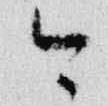
今